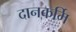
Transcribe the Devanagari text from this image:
दानकर्मि